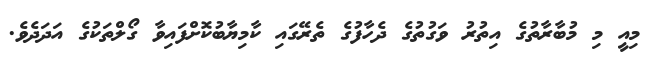
މިއީ މި މުބާރާތުގެ އިތުރު ވަގުތުގެ ދެހާފުގެ ތެރޭގައި ކާމިޔާބުކޮށްފައިވާ ގޯލްތަކުގެ އަދަދެވެ.